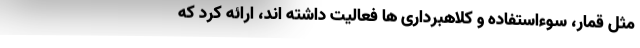
مثل قمار، سوءاستفاده و کلاهبرداری ها فعالیت داشته اند، ارائه کرد که